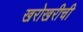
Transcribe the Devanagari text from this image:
खरोखरीची